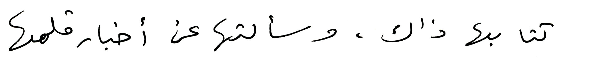
كتابها ذاك، وسألتها عن أخبار قلمها